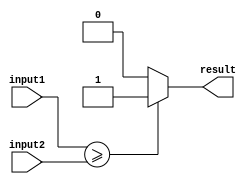
module greater_than_equal_to_comparator (
    input [31:0] input1, 
    input [31:0] input2, 
    output reg result
);

always @(*) begin
    if (input1 >= input2) begin
        result = 1;
    end else begin
        result = 0;
    end
end

endmodule